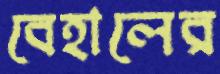
বেহালের